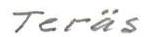
Teräs